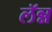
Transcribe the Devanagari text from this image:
लॅन्न